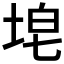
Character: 𪣝